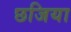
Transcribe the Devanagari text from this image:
छजिया